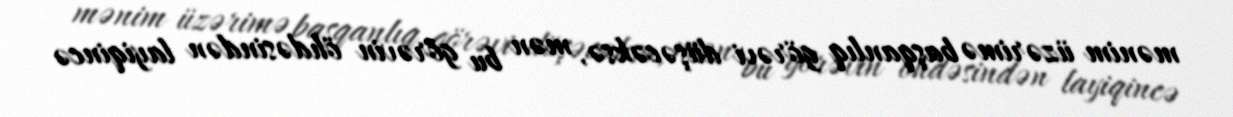
mənim üzərimə başqanlıq görəvi düşəcəksə, mən bu görəvin öhdəsindən layiqincə